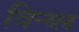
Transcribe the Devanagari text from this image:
विन्य्ल